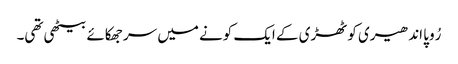
رُوپا اندھیری کوٹھڑی کے ایک کونے میں سر جھکائے بیٹھی تھی۔